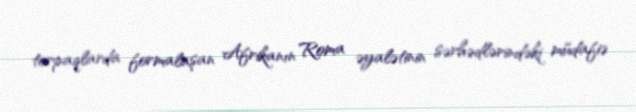
torpaqlarda formalaşan Afrikanın Roma əyalətinin sərhədlərindəki müdafiə